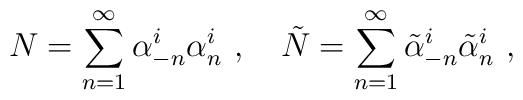
N=\sum_{n=1}^\infty\alpha_{-n}^i\alpha_n^i~,~~~\tilde{N}=\sum_{n=1}^\infty\tilde{\alpha}_{-n}^i\tilde{\alpha}_n^i\ ,